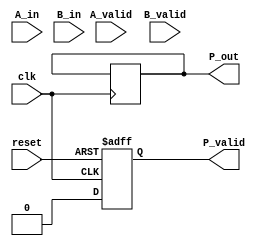
module streaming_multiplier #(
    parameter DATA_WIDTH = 16,  // Bit-width of input data
    parameter BUFFER_SIZE = 4    // Size of input buffers
)(
    input wire clk,              // Clock signal
    input wire reset,            // Reset signal
    input wire [DATA_WIDTH-1:0] A_in, // Input stream A
    input wire [DATA_WIDTH-1:0] B_in, // Input stream B
    input wire A_valid,          // Valid signal for input A
    input wire B_valid,          // Valid signal for input B
    output reg [2*DATA_WIDTH-1:0] P_out, // Output product
    output reg P_valid           // Valid signal for output product
);

    // Internal signals
    reg [DATA_WIDTH-1:0] A_buffer [0:BUFFER_SIZE-1]; // Input buffer for A
    reg [DATA_WIDTH-1:0] B_buffer [0:BUFFER_SIZE-1]; // Input buffer for B
    reg [1:0] A_index; // Index for A buffer
    reg [1:0] B_index; // Index for B buffer
    reg [1:0] valid_count; // Count of valid inputs

    // Control logic for buffering inputs
    always @(posedge clk or posedge reset) begin
        if (reset) begin
            A_index <= 0;
            B_index <= 0;
            valid_count <= 0;
            P_valid <= 0;
        end else begin
            // Buffer input A
            if (A_valid && valid_count < BUFFER_SIZE) begin
                A_buffer[A_index] <= A_in;
                A_index <= A_index + 1;
                valid_count <= valid_count + 1;
            end
            
            // Buffer input B
            if (B_valid && valid_count < BUFFER_SIZE) begin
                B_buffer[B_index] <= B_in;
                B_index <= B_index + 1;
                valid_count <= valid_count + 1;
            end
            
            // Perform multiplication when both inputs are valid
            if (valid_count == BUFFER_SIZE) begin
                P_out <= A_buffer[0] * B_buffer[0]; // Multiply first elements
                P_valid <= 1; // Set output valid
                // Shift buffers
                A_buffer[0] <= A_buffer[1];
                A_buffer[1] <= A_buffer[2];
                A_buffer[2] <= A_buffer[3];
                B_buffer[0] <= B_buffer[1];
                B_buffer[1] <= B_buffer[2];
                B_buffer[2] <= B_buffer[3];
                valid_count <= valid_count - 1; // Decrease valid count
            end else begin
                P_valid <= 0; // Clear output valid if not ready
            end
        end
    end

endmodule